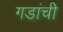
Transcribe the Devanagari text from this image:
गडांची